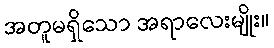
အတူမရှိသော အရာလေးမျိုး။